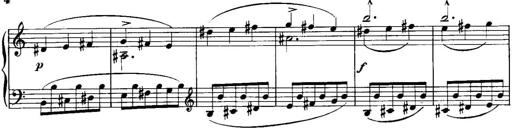
Title: Piano Sonatina No.1, Op.146
Composer: Stephen Heller